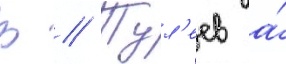
В // Тул'еев а́